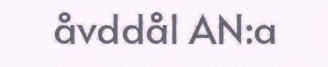
åvddål AN:a